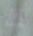
إن